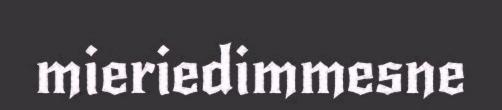
mieriedimmesne